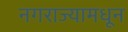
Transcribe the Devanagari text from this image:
नगराज्यामधून